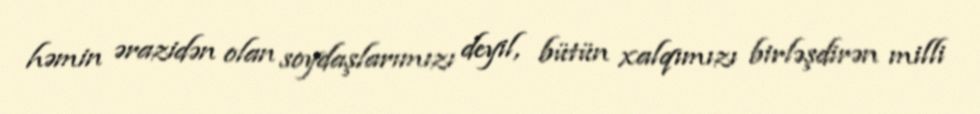
həmin ərazidən olan soydaşlarımızı deyil, bütün xalqımızı birləşdirən milli